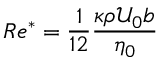
R e ^ { * } = \frac { 1 } { 1 2 } \frac { \kappa \rho \mathcal { U } _ { 0 } b } { \eta _ { 0 } }